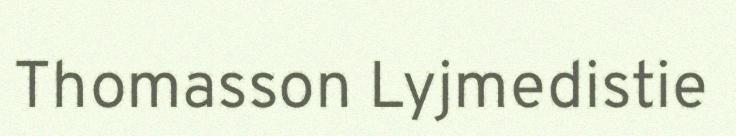
Thomasson Lyjmedistie